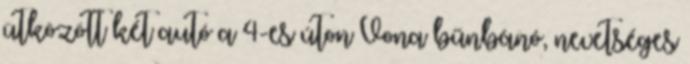
ütközött két autó a 4-es úton Vona bűnbánó, nevetséges